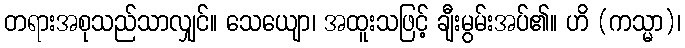
တရားအစုသည်သာလျှင်။ သေယျော၊ အထူးသဖြင့် ချီးမွမ်းအပ်၏။ ဟိ (ကသ္မာ)၊